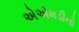
એએમડીનો